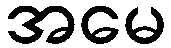
အမေ